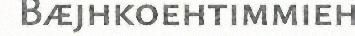
Bæjhkoehtimmieh